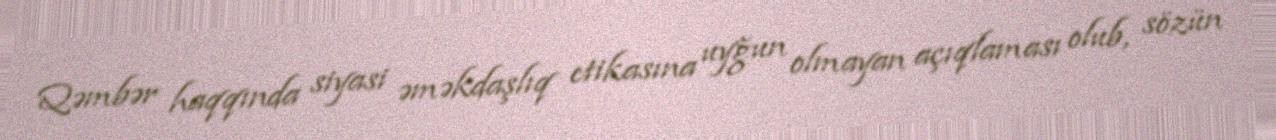
Qəmbər haqqında siyasi əməkdaşlıq etikasına uyğun olmayan açıqlaması olub, sözün